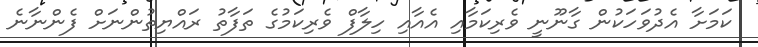
ކަމަށާ އެދުވަހަކުން ގާނޫނީ ވެރިކަމާއި އެއާއި ހިލާފް ވެރިކަމުގެ ތަފާތު ރައްޔިތުންނަށް ފެންނާނެ